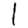
Digit: 1